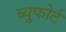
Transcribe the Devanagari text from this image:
ब्युफोर्ट